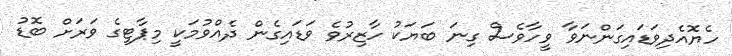
ހެޔޮއެދިވަޑައިގަންނަވާ ވީހާވެސް ގިނަ ބަޔަކު ހާޒިރުވެ ވަޑައިގެން ދެއްވުމަކީ މިޕާޓީގެ ވަރަށް ބޮޑު